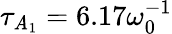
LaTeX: \tau_{\mathit{A}_{1}}=6.17\omega_{0}^{-1}